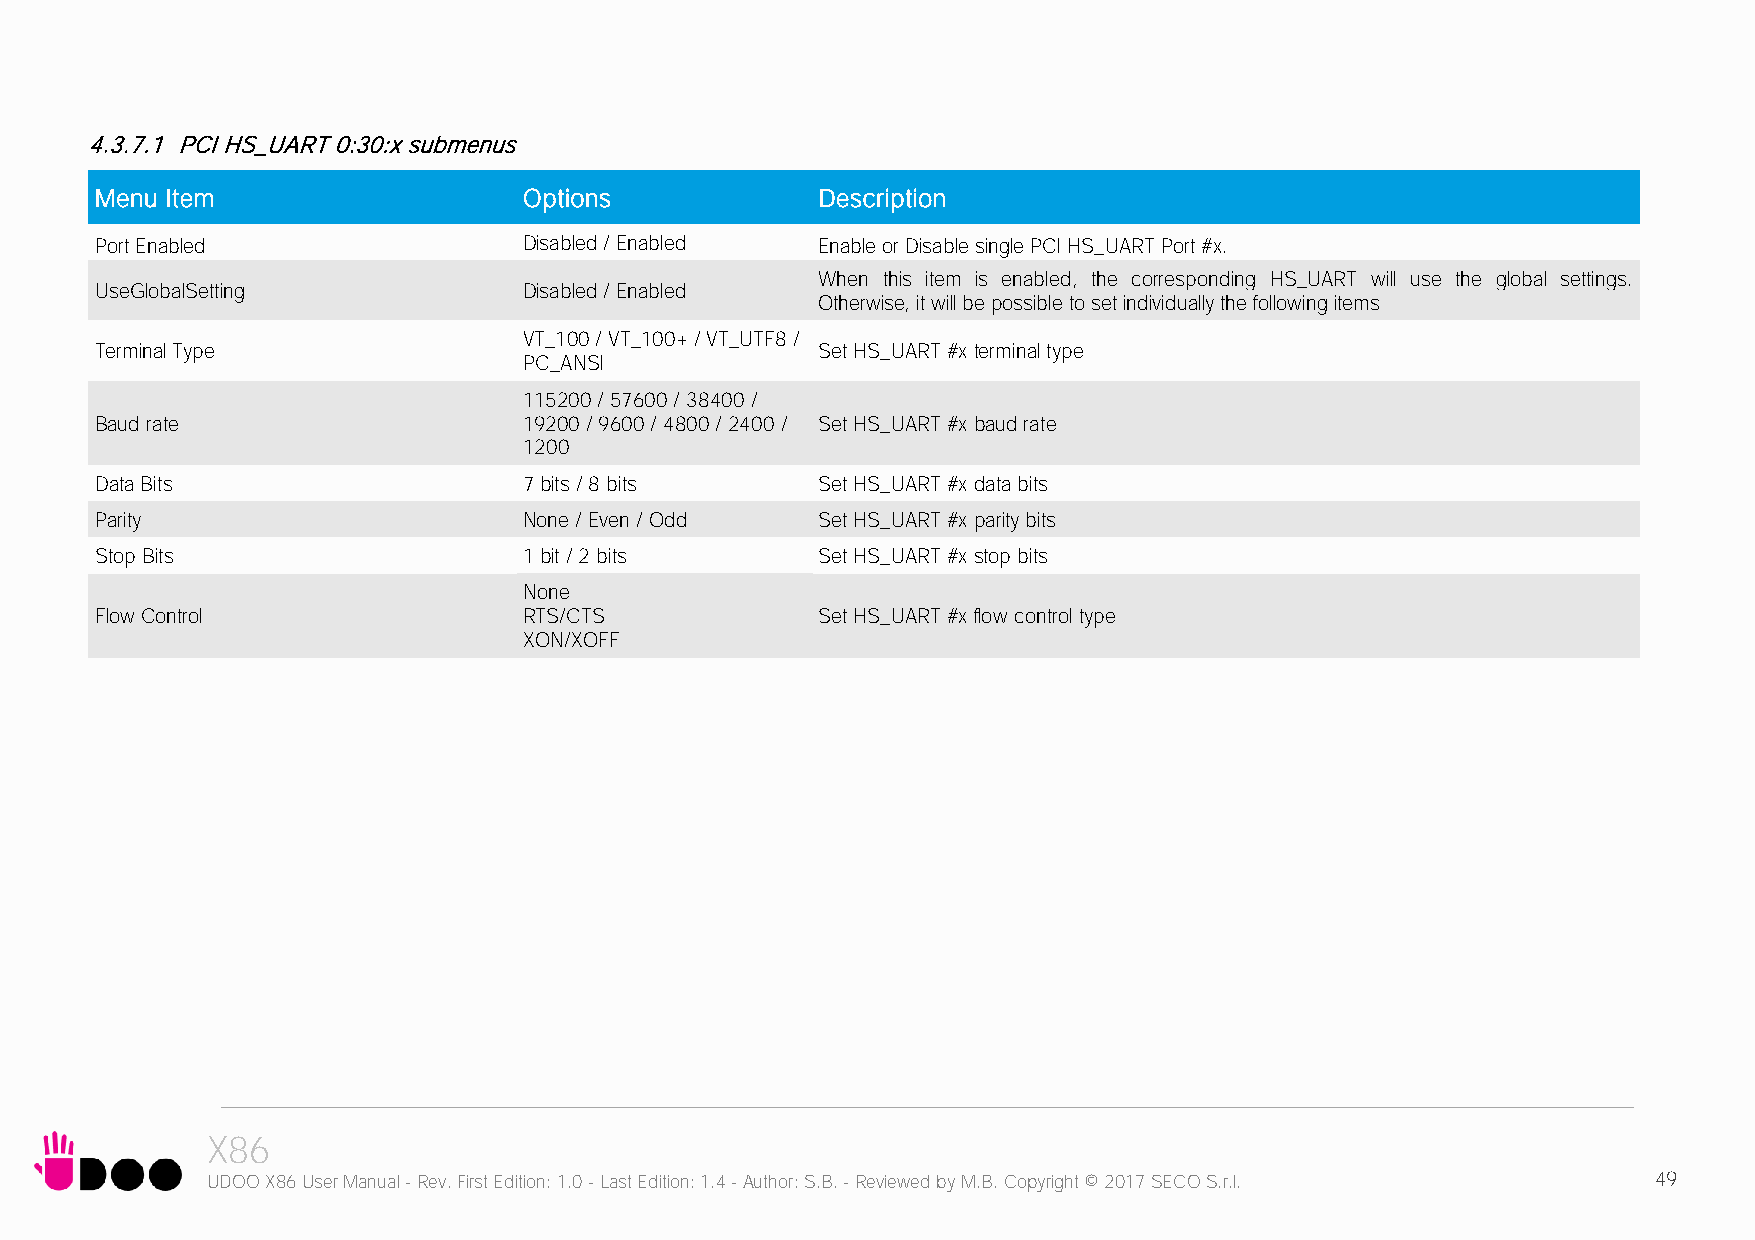
4.3.7.1 PCI HS_UART 0:30:x submenus
 Menu Item                    Options            Description
 Port Enabled                 Disabled / Enabled Enable or Disable single PCI HS_UART Port #x.
 When this item is enabled, the corresponding HS_UART will use the global settings.
 UseGlobalSetting             Disabled / Enabled
 Otherwise, it will be possible to set individually the following items
 VT_100 / VT_100+ / VT_UTF8 /
 Terminal Type                                   Set HS_UART #x terminal type
 PC_ANSI
 115200 / 57600 / 38400 /
 Baud rate                    19200 / 9600 / 4800 / 2400 / Set HS_UART #x baud rate
 1200
 Data Bits                    7 bits / 8 bits    Set HS_UART #x data bits
 Parity                       None / Even / Odd  Set HS_UART #x parity bits
 Stop Bits                    1 bit / 2 bits     Set HS_UART #x stop bits
 None
 Flow Control                 RTS/CTS            Set HS_UART #x flow control type
 XON/XOFF
 X86
 UDOO X86 User Manual - Rev. First Edition: 1.0 - Last Edition: 1.4 - Author: S.B. - Reviewed by M.B. Copyright © 2017 SECO S.r.l. 49